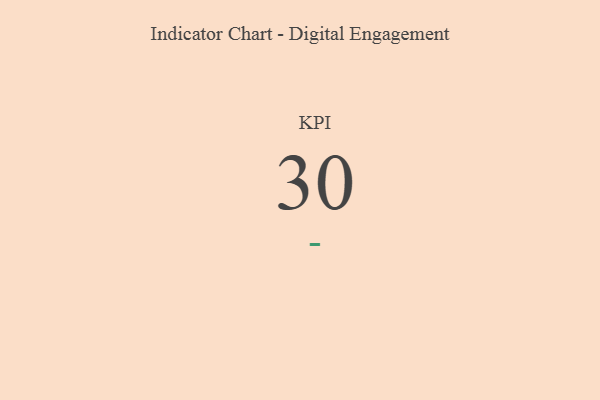
{"axis": {"x": "KPI", "y": "Value"}, "legend": [""], "data": [{"x": "KPI", "y": 30, "type": ""}]}